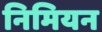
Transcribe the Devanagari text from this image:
निमियन